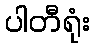
ပါတီရုံး